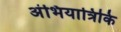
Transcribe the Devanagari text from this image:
अंभियात्रिकि